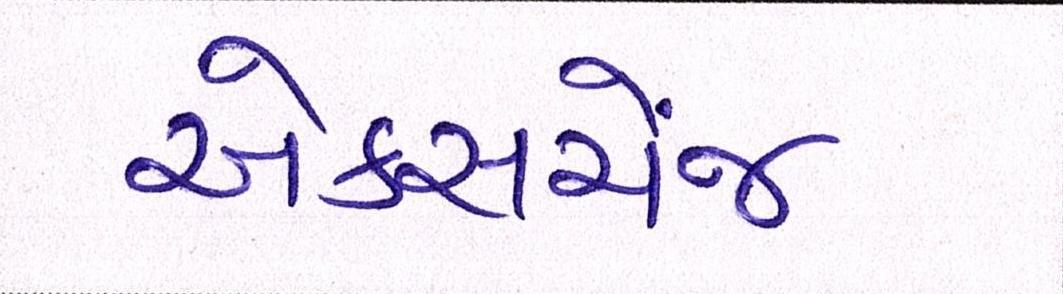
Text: એક્સચેંજ